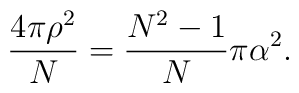
\frac{4\pi\rho^{2}}{N}=\frac{N^{2}-1}{N}\pi\alpha^{2}.